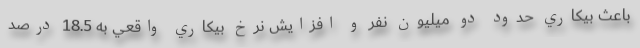
باعث بيكاري حدود دو ميليون نفر و افزايش نرخ بيكاري واقعي به 18.5 درصد